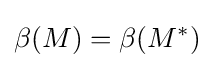
\beta (M)=\beta (M^{*})